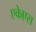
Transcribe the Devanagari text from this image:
एकेएस